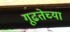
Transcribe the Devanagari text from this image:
गूढतेच्या